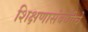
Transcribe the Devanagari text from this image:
शिक्षणासंबंधीचे